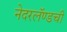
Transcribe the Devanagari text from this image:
नेदरलॅण्डची